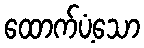
ထောက်ပံ့သော